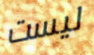
ليست